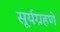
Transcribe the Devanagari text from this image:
सूर्यग्रहणे